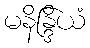
မနိန္ဒြိယံ